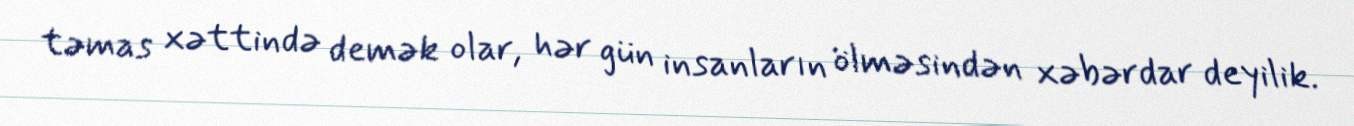
təmas xəttində demək olar, hər gün insanların ölməsindən xəbərdar deyilik.